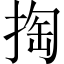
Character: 掏